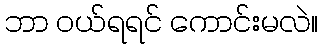
ဘာ ဝယ်ရရင် ကောင်းမလဲ။